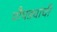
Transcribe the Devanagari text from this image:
चौघड्यांची